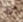
ان